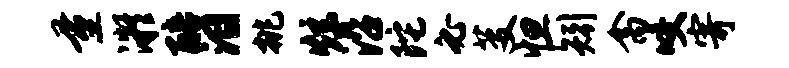
量凝醅泪挑炫沿陀必芟怛矧禽咬寄